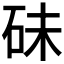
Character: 𥑘